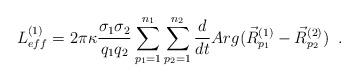
LaTeX: \begin{align*} L^{(1)}_{eff}=2\pi\kappa\frac{\sigma_{1}\sigma_{2}}{q_{1}q_{2}} \sum^{n_{1}}_{p_{1}=1} \sum^{n_{2}}_{p_{2}=1} \frac{d}{dt} Arg( \vec{R}^{(1)}_{p_{1}} - \vec{R}^{(2)}_{p_{2}} ) \;\;.\end{align*}